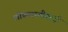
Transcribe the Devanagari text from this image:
लोकवस्तीवरही